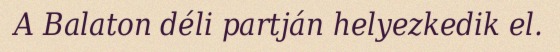
A Balaton déli partján helyezkedik el.